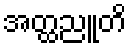
အတ္ထညူတိ